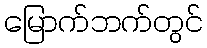
မြောက်ဘက်တွင်